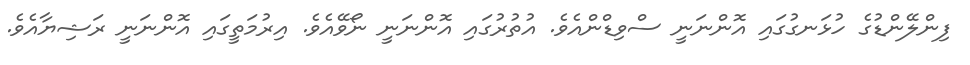
ފިންލޭންޑުގެ ހުޅަނގުގައި އޮންނަނީ ސްވިޑްންއެވެ. އުތުރުގައި އޮންނަނީ ނޯވޭއެވެ. އިރުމަތީގައި އޮންނަނީ ރަޝިޔާއެވެ.